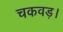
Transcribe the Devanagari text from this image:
चकवड़।